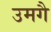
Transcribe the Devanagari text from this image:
उमगै